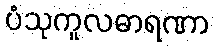
ပံသုကူလဓာရဏာ